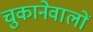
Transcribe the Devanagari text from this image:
चुकानेवालों